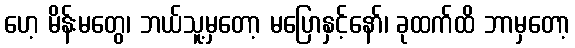
ဟေ့ မိန်းမတွေ၊ ဘယ်သူ့မှတော့ မပြောနှင့်နော်၊ ခုထက်ထိ ဘာမှတော့